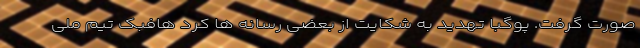
صورت گرفت. پوگبا تهدید به شکایت از بعضی رسانه ها کرد هافبک تیم ملی